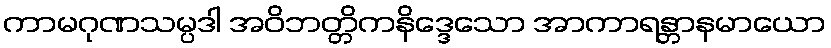
ကာမဂုဏသမ္ပဒါ အဝိဘတ္တိကနိဒ္ဒေသော အာကာရန္တာနမာယော